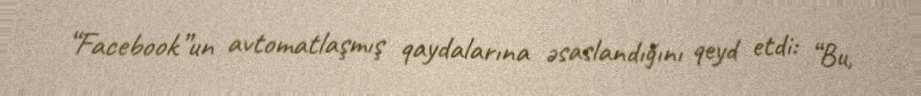
“Facebook”un avtomatlaşmış qaydalarına əsaslandığını qeyd etdi: “Bu,